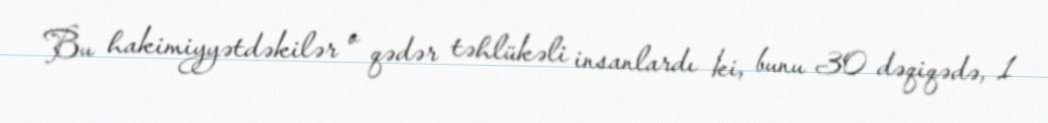
Bu hakimiyyətdəkilər o qədər təhlükəli insanlardı ki, bunu 30 dəqiqədə, 1